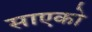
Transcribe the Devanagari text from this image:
साएको